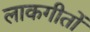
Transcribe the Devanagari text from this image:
लाकगीतों